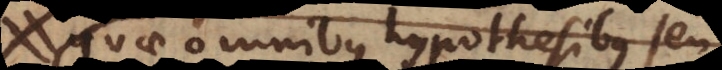
quae omnibus hypothesibus seu